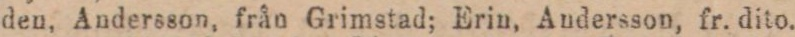
den. Andersson, från Grimstad; Erin. Andersson, fr. dito.